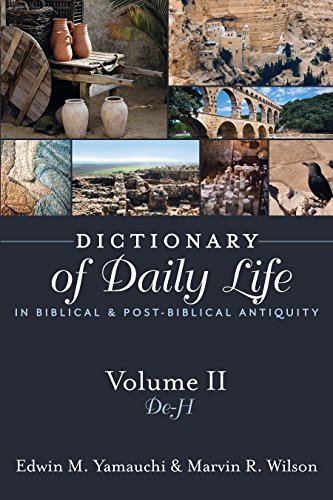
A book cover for Dictionary of Daily Life in Biblical and Post-Biblical Antiquity: de - H; Edwin M. Yamauchi; Christian Books & Bibles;